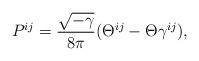
LaTeX: \begin{align*}P^{ij}=\frac{\sqrt{-\gamma }}{8\pi }(\Theta ^{ij}-\Theta \gamma ^{ij}),\end{align*}